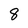
Character: 8